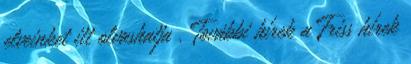
elveinket itt olvashatja . További hírek a Friss hírek